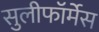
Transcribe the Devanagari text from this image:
सुलीफॉर्मेस